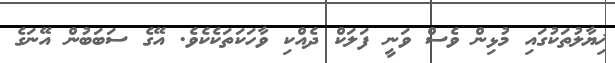
ޚިޔާލުތަކުގައި މުޅިން ވެސް ވަނީ ފަލަކް ދެއްކި ވާހަކަތަކެކެވެ. އޭގެ ސަބަބުން އޭނަގެ